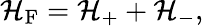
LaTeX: {\cal H}_{\mathrm{F}}={\cal H}_{+}+{\cal H}_{-},